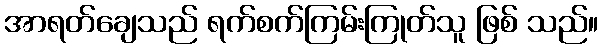
အာရတ်ချေသည် ရက်စက်ကြမ်းကြုတ်သူ ဖြစ် သည်။